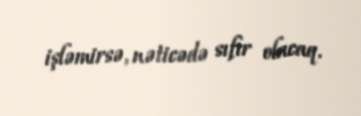
işləmirsə, nəticədə sıfır olacaq.